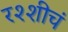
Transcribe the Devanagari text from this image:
रश्शीचं